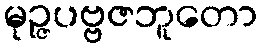
မုဉ္ဇပဗ္ဗဇဘူတော